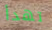
تهدأ